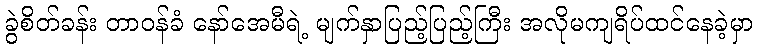
ခွဲစိတ်ခန်း တာဝန်ခံ နော်အေမီရဲ့ မျက်နှာပြည့်ပြည့်ကြီး အလိုမကျရိပ်ထင်နေခဲ့မှာ